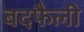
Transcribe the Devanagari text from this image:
बदफैली